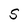
Character: S